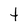
Character: t